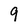
Character: 9